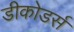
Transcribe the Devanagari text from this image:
डीकोडर्स